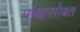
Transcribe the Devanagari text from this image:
मोक्षासोबत